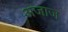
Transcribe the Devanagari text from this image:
अजाज